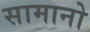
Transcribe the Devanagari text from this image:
सामानो